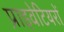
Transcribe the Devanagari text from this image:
प्राइवेटियरों